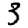
Digit: 3